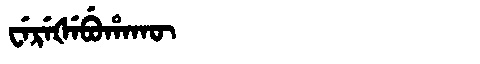
Manchu: ᠸᡝᡵᡝᡧᡝᠪᡠᡥᠠᡴᡡ
Romanization: WEREŠEBUHAKŪ